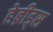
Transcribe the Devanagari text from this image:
हेब्रीड्स